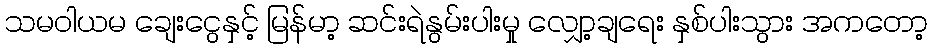
သမဝါယမ ချေးငွေနှင့် မြန်မာ့ ဆင်းရဲနွမ်းပါးမှု လျှော့ချရေး နှစ်ပါးသွား အကတော့